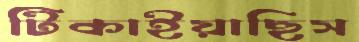
টিকাইয়াছিস